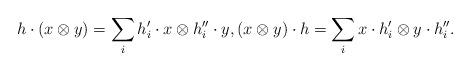
LaTeX: \begin{align*}h\cdot(x\otimes y) =\sum_{i}h'_i\cdot x\otimes h''_i\cdot y,(x\otimes y)\cdot h =\sum_{i}x\cdot h'_i\otimes y\cdot h''_i.\end{align*}